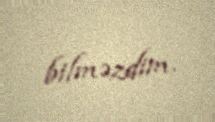
bilməzdim.